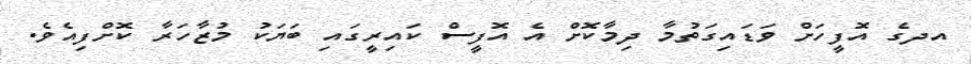
އދގެ އޮފީހަށް ވަޑައިގަތުމާ ދިމާކޮށް އެ އޮފީސް ކައިރީގައި ބަޔަކު މުޒާހަރާ ކޮށްފިއެވެ.